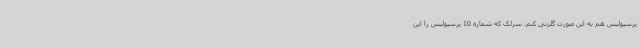
پرسپولیس هم به این صورت گلزنی کنم. سرلک که شماره 10 پرسپولیس را این